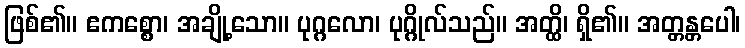
ဖြစ်၏။ ဧကစ္စော၊ အချို့သော။ ပုဂ္ဂလော၊ ပုဂ္ဂိုလ်သည်။ အတ္ထိ၊ ရှိ၏။ အတ္တန္တပေါ၊